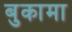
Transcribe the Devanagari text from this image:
बुकामा